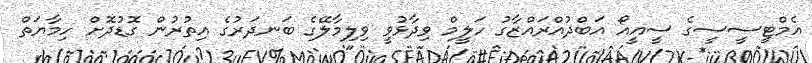
އެމްޓީސީސީގެ ސީއީއޯ އަބްދުއްރައްޒާގު ހަލީމް ވިދާޅުވީ ވިލިމާލޭގެ ބަނދަރުގެ އިތުރުން ގޮޑުދޮށް ހިމާޔަތް